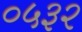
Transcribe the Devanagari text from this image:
०५३२